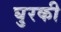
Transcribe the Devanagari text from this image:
घुरकी